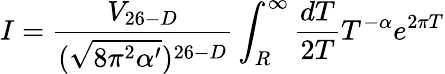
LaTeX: I=\frac{V_{26-D}}{(\sqrt{8\pi^{2}\alpha^{\prime}})^{26-D}}\int_{R}^{\infty}\frac{dT}{2T}T^{-\alpha}e^{2\pi T}